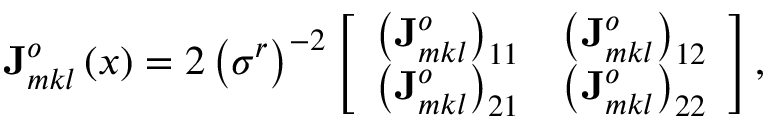
\mathbf { J } _ { m k l } ^ { o } \left( \boldsymbol { x } \right) = 2 \left( \sigma ^ { r } \right) ^ { - 2 } \left[ \begin{array} { c c } { \left( \mathbf { J } _ { m k l } ^ { o } \right) _ { 1 1 } } & { \left( \mathbf { J } _ { m k l } ^ { o } \right) _ { 1 2 } } \\ { \left( \mathbf { J } _ { m k l } ^ { o } \right) _ { 2 1 } } & { \left( \mathbf { J } _ { m k l } ^ { o } \right) _ { 2 2 } } \end{array} \right] ,